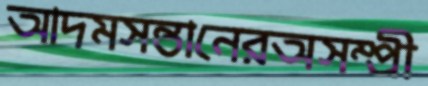
আদমসন্তানেরঅসম্প্রী